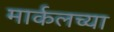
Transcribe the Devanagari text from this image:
मार्कलच्या